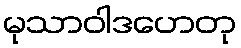
မုသာဝါဒဟေတု